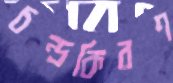
চন্দ্রকিরণ